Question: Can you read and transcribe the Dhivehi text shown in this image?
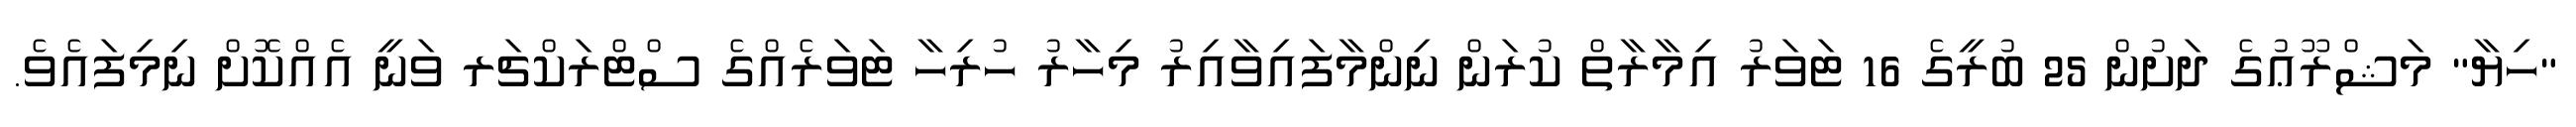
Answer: "ހިޔާ" މަޝްރޫޢުގެ ދަށުން 25 ބުރީގެ 16 ޓަވަރު އިމާރާތް ކުރަން ނިންމާފައިވާއިރު މިހާރު ހުރިހާ ޓަވަރެއްގެ ސްޓްރަކްޗަރ ވަނީ އެއްކޮށް ނިމިފައެވެ.